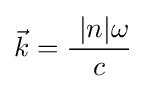
{\vec {k}}={\frac {\ |n|\omega }{c}}